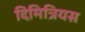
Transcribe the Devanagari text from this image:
दिमित्रियस